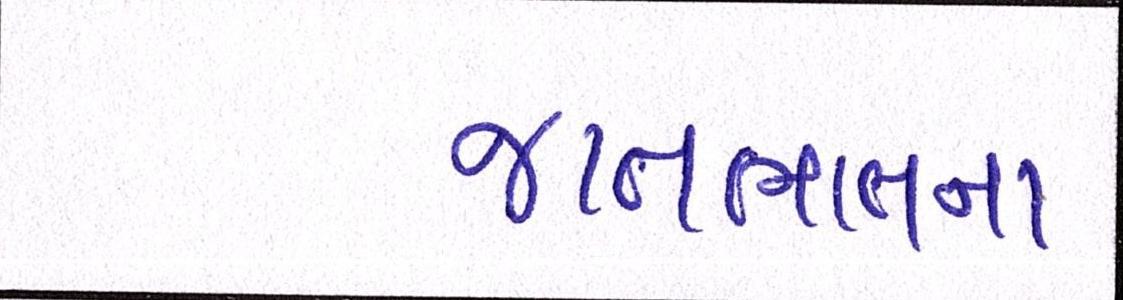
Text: જાતભાતના